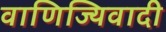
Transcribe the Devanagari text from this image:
वाणिज्यिवादी